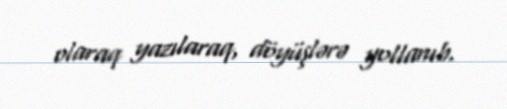
olaraq yazılaraq, döyüşlərə yollanıb.